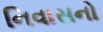
નિવાસનો